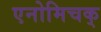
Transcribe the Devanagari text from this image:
एनोमिचक्